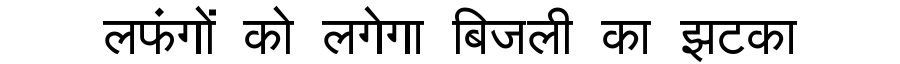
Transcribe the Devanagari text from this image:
लफंगों को लगेगा बिजली का झटका